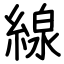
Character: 線